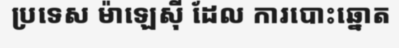
ប្រទេស ម៉ាឡេស៊ី ដែល ការបោះឆ្នោត